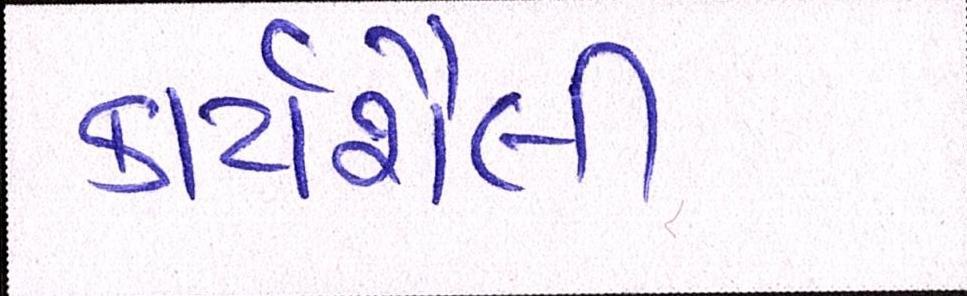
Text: કાર્યશૈલી